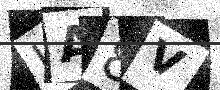
Text: LA8V